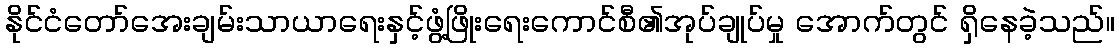
နိုင်ငံတော်အေးချမ်းသာယာရေးနှင့်ဖွံ့ဖြိုးရေးကောင်စီ၏အုပ်ချုပ်မှု အောက်တွင် ရှိနေခဲ့သည်။